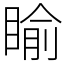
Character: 睮